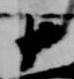
十